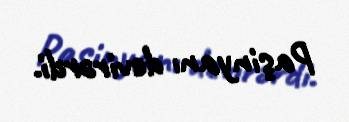
Paşinyanı devirərdi.